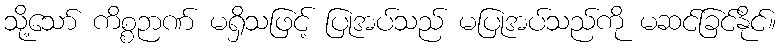
သို့သော် ကိစ္စဉာဏ် မရှိသဖြင့် ပြုအပ်သည် မပြုအပ်သည်ကို မဆင်ခြင်နိုင်။